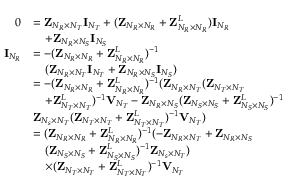
\begin{array} { r l } { 0 } & { = { \bf { Z } } _ { N _ { R } \times N _ { T } } { \bf { I } } _ { N _ { T } } + ( { \bf { Z } } _ { N _ { R } \times N _ { R } } + { \bf { Z } } _ { N _ { R } \times N _ { R } } ^ { L } ) { \bf { I } } _ { N _ { R } } } \\ & { \quad + { \bf { Z } } _ { N _ { R } \times N _ { S } } { \bf { I } } _ { N _ { S } } } \\ { { \bf { I } } _ { N _ { R } } } & { = - ( { \bf { Z } } _ { N _ { R } \times N _ { R } } + { \bf { Z } } _ { N _ { R } \times N _ { R } } ^ { L } ) ^ { - 1 } } \\ & { \quad ( { \bf { Z } } _ { N _ { R } \times N _ { T } } { \bf { I } } _ { N _ { T } } + { \bf { Z } } _ { N _ { R } \times N _ { S } } { \bf { I } } _ { N _ { S } } ) } \\ & { = - ( { \bf { Z } } _ { N _ { R } \times N _ { R } } + { \bf { Z } } _ { N _ { R } \times N _ { R } } ^ { L } ) ^ { - 1 } ( { \bf { Z } } _ { N _ { R } \times N _ { T } } ( { \bf { Z } } _ { N _ { T } \times N _ { T } } } \\ & { \quad + { \bf { Z } } _ { N _ { T } \times N _ { T } } ^ { L } ) ^ { - 1 } { \bf { V } } _ { N _ { T } } - { \bf { Z } } _ { N _ { R } \times N _ { S } } ( { \bf { Z } } _ { N _ { S } \times N _ { S } } + { \bf { Z } } _ { N _ { S } \times N _ { S } } ^ { L } ) ^ { - 1 } } \\ & { { \bf { Z } } _ { N _ { s } \times N _ { T } } ( { \bf { Z } } _ { N _ { T } \times N _ { T } } + { \bf { Z } } _ { N _ { T } \times N _ { T } } ^ { L } ) ^ { - 1 } { \bf { V } } _ { N _ { T } } ) } \\ & { = ( { \bf { Z } } _ { N _ { R } \times N _ { R } } + { \bf { Z } } _ { N _ { R } \times N _ { R } } ^ { L } ) ^ { - 1 } ( - { \bf { Z } } _ { N _ { R } \times N _ { T } } + { \bf { Z } } _ { N _ { R } \times N _ { S } } } \\ & { \quad ( { \bf { Z } } _ { N _ { S } \times N _ { S } } + { \bf { Z } } _ { N _ { S } \times N _ { S } } ^ { L } ) ^ { - 1 } { \bf { Z } } _ { N _ { s } \times N _ { T } } ) } \\ & { \quad \times ( { \bf { Z } } _ { N _ { T } \times N _ { T } } + { \bf { Z } } _ { N _ { T } \times N _ { T } } ^ { L } ) ^ { - 1 } { \bf { V } } _ { N _ { T } } } \end{array}